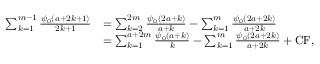
\begin{array} { r l } { \sum _ { k = 1 } ^ { m - 1 } \frac { \psi _ { 0 } ( a + 2 k + 1 ) } { 2 k + 1 } } & { = \sum _ { k = 2 } ^ { 2 m } \frac { \psi _ { 0 } ( 2 a + k ) } { a + k } - \sum _ { k = 1 } ^ { m } \frac { \psi _ { 0 } ( 2 a + 2 k ) } { a + 2 k } } \\ & { = \sum _ { k = 1 } ^ { a + 2 m } \frac { \psi _ { 0 } ( a + k ) } { k } - \sum _ { k = 1 } ^ { m } \frac { \psi _ { 0 } ( 2 a + 2 k ) } { a + 2 k } + \mathrm { C F } , } \end{array}